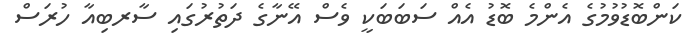
ކަންބޮޑުވުމުގެ އެންމެ ބޮޑު އެއް ސަބަބަކީ ވެސް އޭނާގެ ދަތުރުގައި ސާރބިއާ ހުރަސް